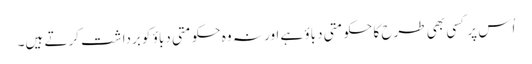
اُس پر کسی بھی طرح کا حکومتی دباؤ ہے اور نہ وہ حکومتی دباؤ کو برداشت کرتے ہیں۔